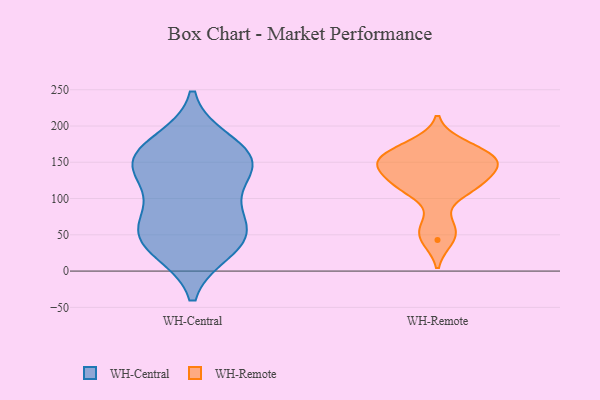
{"axis": {"x": "Demand Index", "y": "Value"}, "legend": ["WH-Central", "WH-Remote"], "data": [{"x": "", "y": 63, "type": "WH-Central"}, {"x": "", "y": 163, "type": "WH-Central"}, {"x": "", "y": 42, "type": "WH-Central"}, {"x": "", "y": 30, "type": "WH-Central"}, {"x": "", "y": 39, "type": "WH-Central"}, {"x": "", "y": 156, "type": "WH-Central"}, {"x": "", "y": 62, "type": "WH-Central"}, {"x": "", "y": 135, "type": "WH-Central"}, {"x": "", "y": 145, "type": "WH-Central"}, {"x": "", "y": 143, "type": "WH-Central"}, {"x": "", "y": 177, "type": "WH-Central"}, {"x": "", "y": 91, "type": "WH-Central"}, {"x": "", "y": 43, "type": "WH-Remote"}, {"x": "", "y": 122, "type": "WH-Remote"}, {"x": "", "y": 154, "type": "WH-Remote"}, {"x": "", "y": 146, "type": "WH-Remote"}, {"x": "", "y": 117, "type": "WH-Remote"}, {"x": "", "y": 150, "type": "WH-Remote"}, {"x": "", "y": 112, "type": "WH-Remote"}, {"x": "", "y": 164, "type": "WH-Remote"}, {"x": "", "y": 175, "type": "WH-Remote"}, {"x": "", "y": 62, "type": "WH-Remote"}, {"x": "", "y": 144, "type": "WH-Remote"}]}